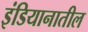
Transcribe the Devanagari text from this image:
इंडियानातील